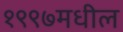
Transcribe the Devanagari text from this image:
१९९७मधील